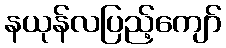
နယုန်လပြည့်ကျော်